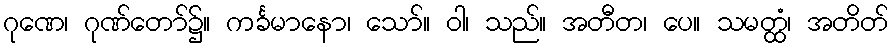
ဂုဏေ၊ ဂုဏ်တော်၌။ ကင်္ခမာနော၊ သော်။ ဝါ၊ သည်။ အတီတ၊ ပေ။ သမတ္ထံ၊ အတိတ်